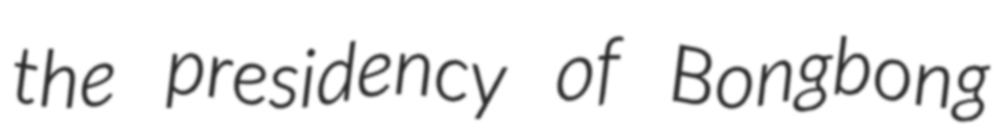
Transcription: the presidency of Bongbong